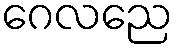
ဂေလညေ